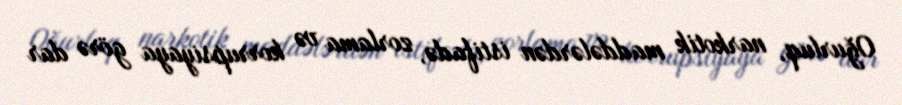
Oğurluq, narkotik maddələrdən istifadə, zorlama və korrupsiyaya görə dar